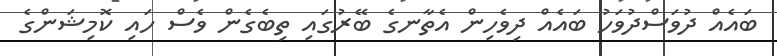
ބައެއް ދުވަސްދުވަހު ބައެއް ދިވެހިން އެތާނގެ ބޭރުގައި ތިބެގެން ވެސް ހައި ކޮމިޝަންގެ